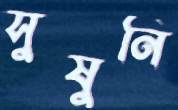
সুষুনি